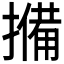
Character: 𭢨